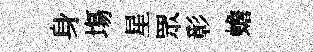
身塲星眾彰蟾